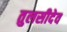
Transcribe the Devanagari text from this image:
तुलसीदेव